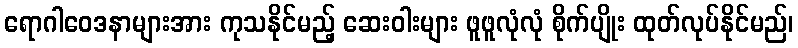
ရောဂါဝေဒနာများအား ကုသနိုင်မည့် ဆေးဝါးများ ဖူဖူလုံလုံ စိုက်ပျိုး ထုတ်လုပ်နိုင်မည်၊